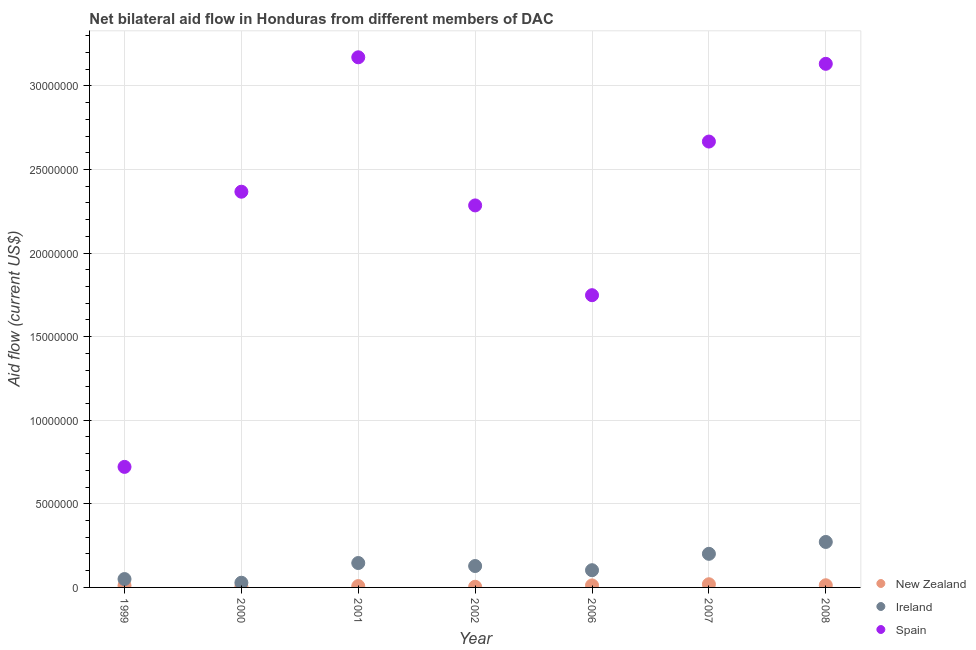
| Year | New Zealand | Ireland | Spain |
 | --- | --- | --- | --- |
 | 1999 | 1.1e+05 | 5e+05 | 7.21e+06 |
 | 2000 | 5e+04 | 2.8e+05 | 2.37e+07 |
 | 2001 | 8e+04 | 1.46e+06 | 3.17e+07 |
 | 2002 | 4e+04 | 1.28e+06 | 2.28e+07 |
 | 2006 | 1.2e+05 | 1.03e+06 | 1.75e+07 |
 | 2007 | 1.9e+05 | 2.01e+06 | 2.67e+07 |
 | 2008 | 1.3e+05 | 2.72e+06 | 3.13e+07 |